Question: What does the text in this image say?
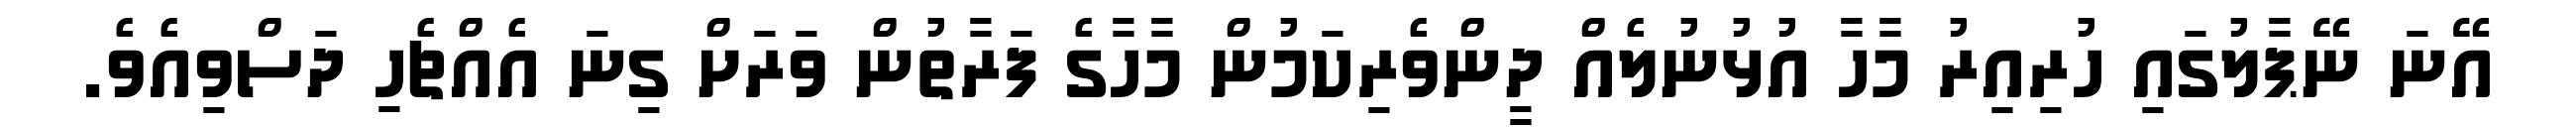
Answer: އޭނަ ނޭޕާލުގައި ހުރިއިރު މާހާ އުޅުނުލެއް ދީންވެރިކަމުން މާހާގެ ފަރާތުން ވަރަށް ގިނަ އެއްޗެހި ދަސްވިއެވެ.